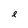
Character: e